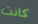
كانت